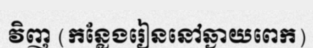
វិញ (កន្លែងរៀននៅឆ្ងាយពេក)